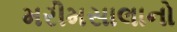
મરીમસાલાનો